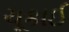
ચૂકાઈ